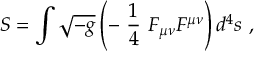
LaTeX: { \cal S } = \int \sqrt { - g } \left( - \ \frac { 1 } { 4 } \ F _ { \mu \nu } F ^ { \mu \nu } \right) d ^ { 4 } s \ ,